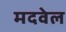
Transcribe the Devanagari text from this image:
मदवेल